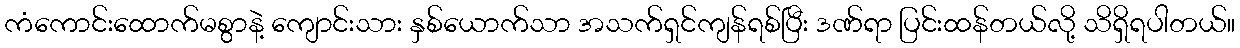
ကံကောင်းထောက်မစွာနဲ့ ကျောင်းသား နှစ်ယောက်သာ အသက်ရှင်ကျန်ရစ်ပြီး ဒဏ်ရာ ပြင်းထန်တယ်လို့ သိရှိရပါတယ်။